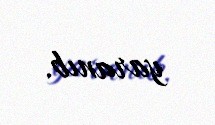
yaranıb.